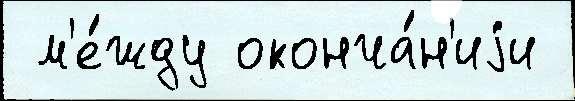
 м'е́жду оконча́н'иjи